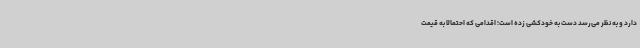
دارد و به نظر می‌رسد دست به خودکشی زده است؛ اقدامی که احتمالا به قیمت